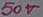
Text: 50V